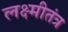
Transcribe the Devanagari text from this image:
लक्ष्मीतंत्र